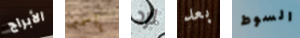
الأبراج ياسمين لرد بعد السوط